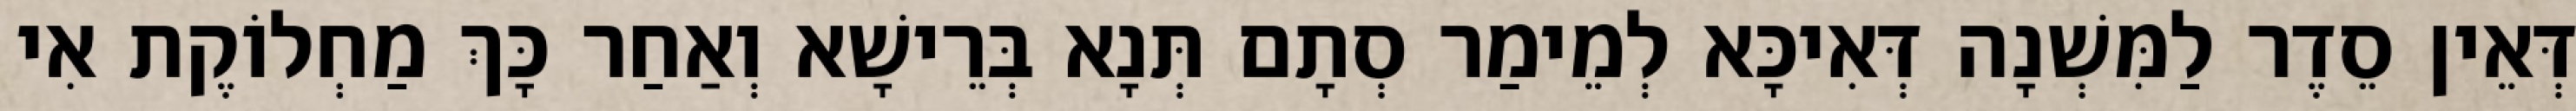
דְּאֵין סֵדֶר לַמִּשְׁנָה דְּאִיכָּא לְמֵימַר סְתָם תְּנָא בְּרֵישָׁא וְאַחַר כָּךְ מַחְלוֹקֶת אִי